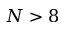
N > 8